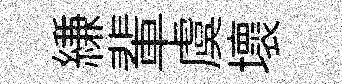
縑輩虞壞